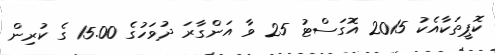
ކޮޕީތަކާއެކު 2015 އޮގަސްޓު 25 ވާ އަންގާރަ ދުވަހުގެ 15.00 ގެ ކުރިން